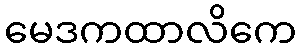
မေဒကထာလိကေ